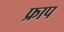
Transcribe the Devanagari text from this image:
फ्राप